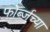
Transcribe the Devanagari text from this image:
फोर्ब्जच्या